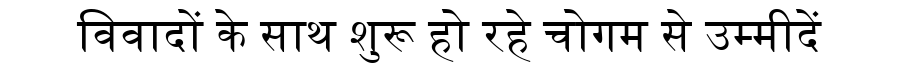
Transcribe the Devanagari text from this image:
विवादों के साथ शुरू हो रहे चोगम से उम्मीदें